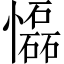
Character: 𢤡